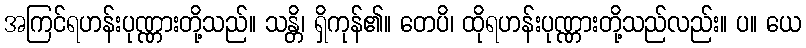
အကြင်ရဟန်းပုဏ္ဏားတို့သည်။ သန္တိ၊ ရှိကုန်၏။ တေပိ၊ ထိုရဟန်းပုဏ္ဏားတို့သည်လည်း။ ပ။ ယေ